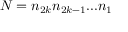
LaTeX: N = { n _ { 2 k } } { n _ { 2 k - 1 } } . . . { n _ { 1 } }